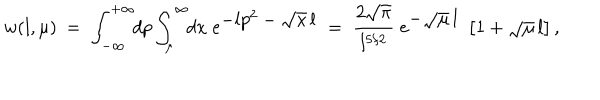
LaTeX: w ( l , \mu ) \: = \; \int _ { - \infty } ^ { + \infty } \! \! d p \int _ { \mu } ^ { \infty } \! \! d x \; \mathrm { e } ^ { \textstyle - l p ^ { 2 } - \sqrt { x } \, l } \; = \; \frac { 2 \sqrt { \pi } } { l ^ { 5 / 2 } } \; \mathrm { e } ^ { \textstyle - \sqrt { \mu } \, l } \; \left[ 1 + \sqrt { \mu } \, l \right] ,